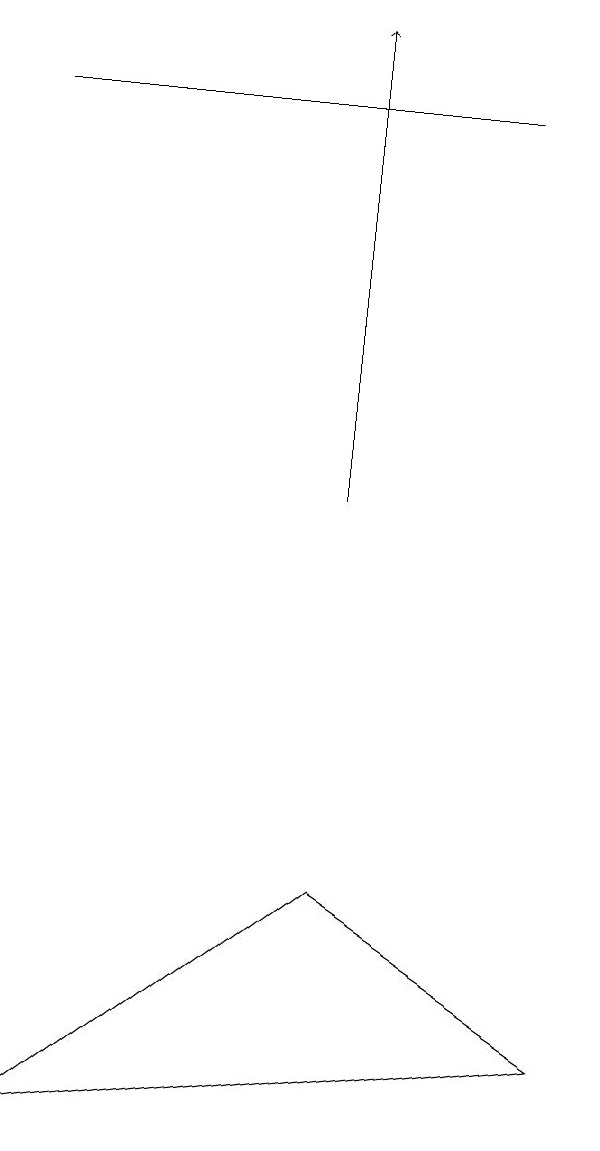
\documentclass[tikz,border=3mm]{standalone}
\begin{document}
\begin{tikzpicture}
\draw (6,15) rectangle (0,15);
\draw (4,5) -- (7,3) -- (0,2) -- cycle;
\draw[->] (4,10) -- (4,16);
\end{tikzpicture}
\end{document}